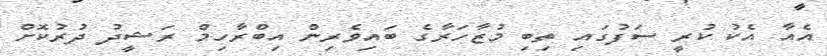
އެއާ އެކު ކުރީ ސަފުގައި ތިބި މުޒާހަރާގެ ބައިވެރިން އިބްރާހިމް ރަޝީދު ދުރުކޮށް